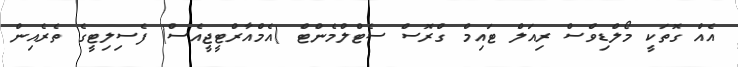
އެއް ގޮތަކީ މޯލްޑިވްސް ރިއަލް ޓައިމް ގްރޮސް ސެޓްލްމެންޓް (އެމްއާރްޓީޖީއެސް) ފެސިލިޓީގެ ތެރެއިން